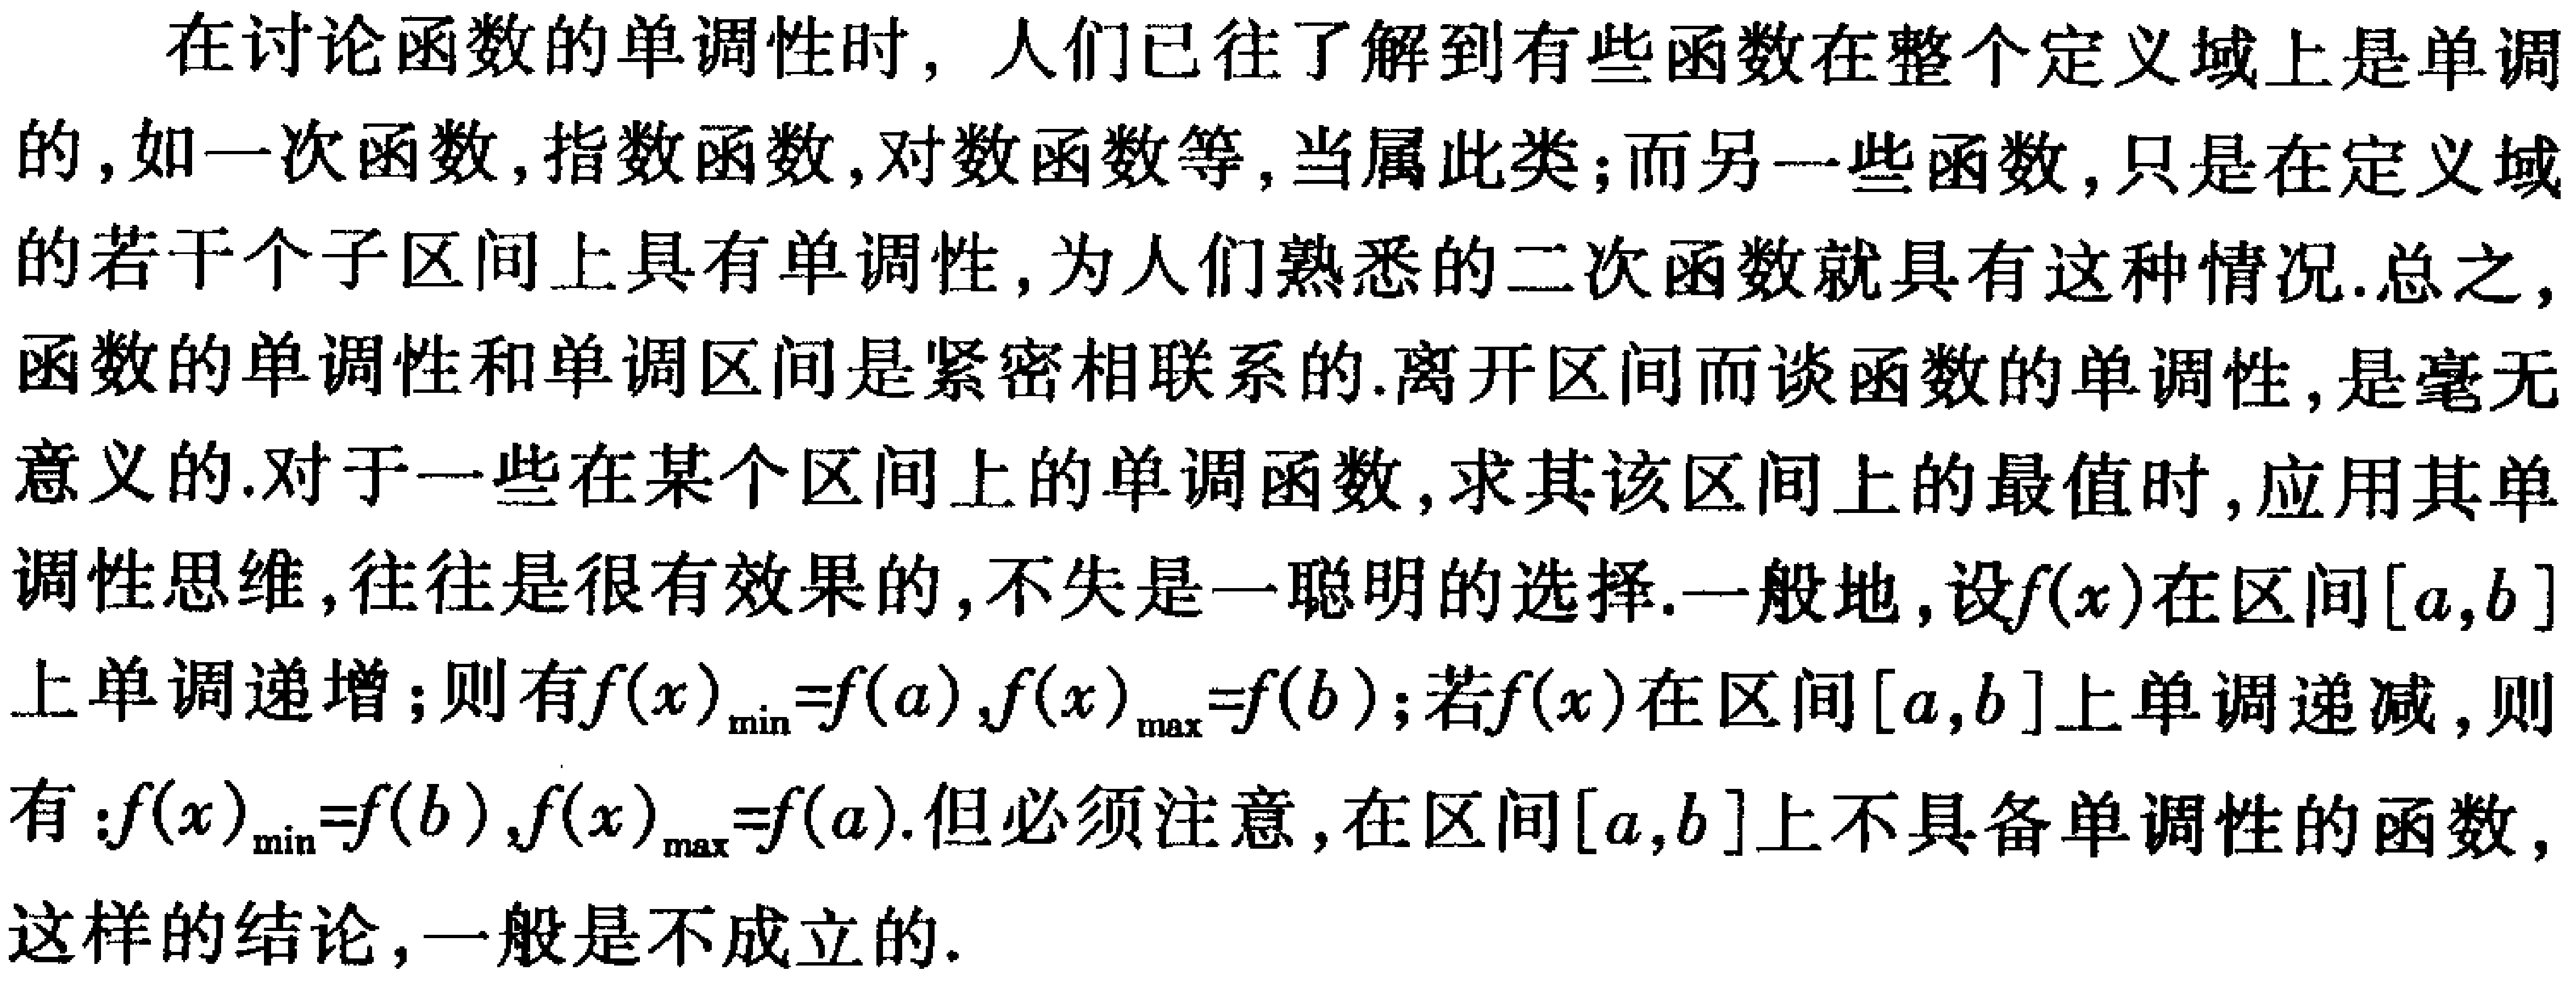
在讨论函数的单调性时，人们已往了解到有些函数在整个定义域上是单调的，如一次函数，指数函数，对数函数等，当属此类；而另一些函数，只是在定义域的若干个子区间上具有单调性，为人们熟悉的二次函数就具有这种情况.总之，函数的单调性和单调区间是紧密相联系的.离开区间而谈函数的单调性，是毫无意义的.对于一些在某个区间上的单调函数，求其该区间上的最值时，应用其单调性思维，往往是很有效果的，不失是一聪明的选择.一般地，设\(f(x)\)在区间\([a,b]\)上单调递增；则有\(f(x)_{\min}=f(a),f(x)_{\max}=f(b)\)；若\(f(x)\)在区间\([a,b]\)上单调递减，则有：\(f(x)_{\min}=f(b),f(x)_{\max}=f(a)\).但必须注意，在区间\([a,b]\)上不具备单调性的函数，这样的结论，一般是不成立的.